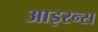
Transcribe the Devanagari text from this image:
आइरन्स